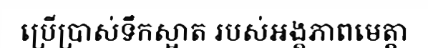
ប្រើប្រាស់ទឹកស្អាត របស់អង្គភាពមេត្តា